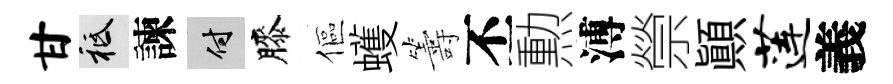
甘祇諫付膝傴蠖籌丕勲溥禜顛莲義